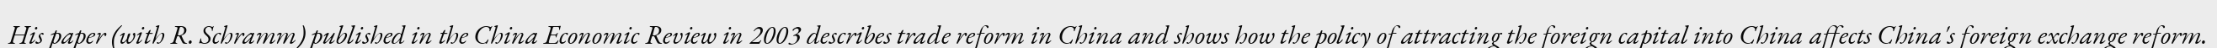
His paper (with R. Schramm) published in the China Economic Review in 2003 describes trade reform in China and shows how the policy of attracting the foreign capital into China affects China's foreign exchange reform.